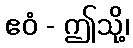
ဧဝံ - ဤသို့၊